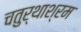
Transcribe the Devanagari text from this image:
चतुर्थाश्रम